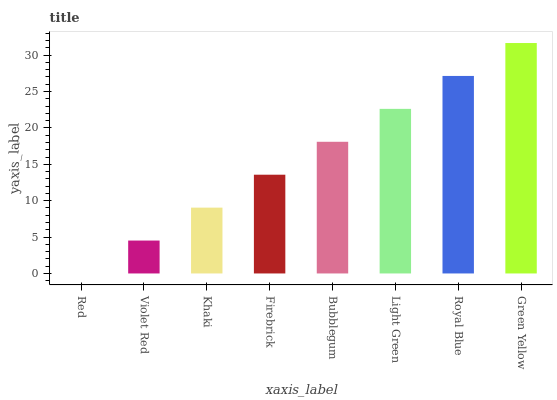
| xaxis_label | bars |
 | --- | --- |
 | Red | 0 |
 | Violet Red | 4.52 |
 | Khaki | 9.05 |
 | Firebrick | 13.6 |
 | Bubblegum | 18.1 |
 | Light Green | 22.6 |
 | Royal Blue | 27.1 |
 | Green Yellow | 31.7 |